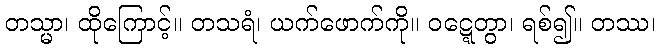
တသ္မာ၊ ထိုကြောင့်။ တသရံ၊ ယက်ဖောက်ကို။ ဝဋ္ဋေတွာ၊ ရစ်၍။ တဿ၊